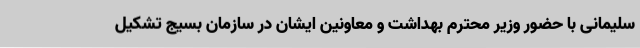
سلیمانی با حضور وزیر محترم بهداشت و معاونین ایشان در سازمان بسیج تشکیل